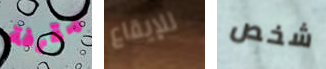
مقرفة للإيقاع شخص